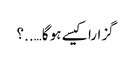
گزارا کیسے ہو گا…..؟